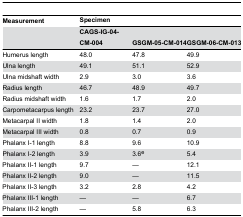
| Measurement | <COLSPAN=3> Specimen |
 |  | CAGS-IG-04-CM-004 | GSGM-05-CM-014 | GSGM-06-CM-013 |
 | --- | --- | --- | --- |
 | Humerus length | 48.0 | 47.8 | 49.9 |
 | Ulna length | 49.1 | 51.1 | 52.9 |
 | Ulna midshaft width | 2.9 | 3.0 | 3.6 |
 | Radius length | 46.7 | 48.9 | 49.7 |
 | Radius midshaft width | 1.6 | 1.7 | 2.0 |
 | Carpometacarpus length | 23.2 | 23.7 | 27.0 |
 | Metacarpal II width | 1.8 | 1.4 | 2.0 |
 | Metacarpal III width | 0.8 | 0.7 | 0.9 |
 | Phalanx I-1 length | 8.8 | 9.6 | 10.9 |
 | Phalanx I-2 length | 3.9 | 3.6e | 5.4 |
 | Phalanx II-1 length | 9.7 | — | 12.1 |
 | Phalanx II-2 length | 9.0 | — | 11.5 |
 | Phalanx II-3 length | 3.2 | 2.8 | 4.2 |
 | Phalanx III-1 length | — | — | 6.7 |
 | Phalanx III-2 length | — | 5.8 | 6.3 |